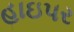
હાઇપર